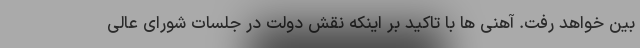
بین خواهد رفت. آهنی ها با تاکید بر اینکه نقش دولت در جلسات شورای عالی